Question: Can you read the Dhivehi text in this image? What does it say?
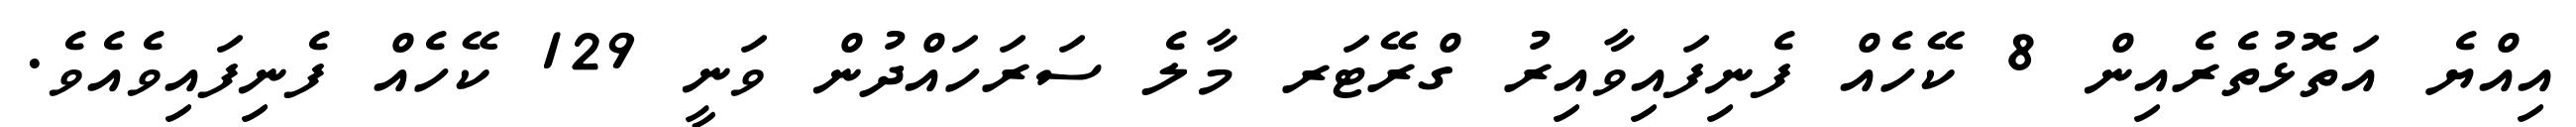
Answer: އިއްޔެ އަތޮޅުތެރެއިން 8 ކޭހެއް ފެނިފައިވާއިރު ގްރޭޓަރ މާލެ ސަރަހައްދުން ވަނީ 129 ކޭހެއް ފެނިފައިވެއެވެ.